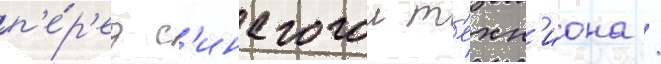
п'е́р'ед с'инагогои т'ехн'иона /